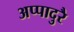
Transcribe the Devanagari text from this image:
अप्पादुरै